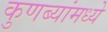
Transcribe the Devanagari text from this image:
कुणब्यांमध्ये